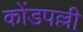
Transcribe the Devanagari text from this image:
कोंडपल्ली